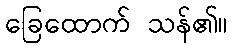
ခြေထောက် သန်၏။